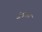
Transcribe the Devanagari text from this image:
जेयक्स